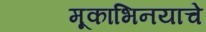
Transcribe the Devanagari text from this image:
मूकाभिनयाचे